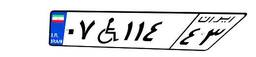
۰۷W۱۱۴۴۳